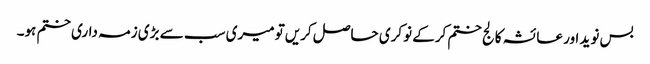
بس نوید اور عائشہ کالج ختم کرکے نوکری حاصل کریں‌تو میری سب سے بڑی زمہ داری ختم ہو۔